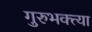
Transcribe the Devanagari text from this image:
गुरुभक्त्या